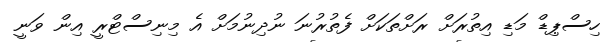
ހިސްޕިޑް މަޑި އިތުރަށް ރަށްތަކަށް ފެތުރުނަ ނުދިނުމަށް އެ މިނިސްޓްރީ އިން ވަނީ